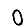
Digit: 0